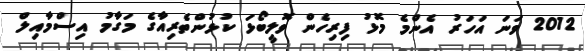
2012 ވަނަ އަހަރު އެންމެ މޮޅު ފިރިހެން ވޮލީބޯޅަ ކުޅުންތެރިއާގެ މަގާމު އިސްމާއިލް